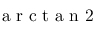
\mathrm { ~ a ~ r ~ c ~ t ~ a ~ n ~ 2 ~ }